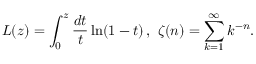
L ( z ) = \int _ { 0 } ^ { z } \frac { d t } t \ln ( 1 - t ) \, , \, \, \zeta ( n ) = \sum _ { k = 1 } ^ { \infty } k ^ { - n } .